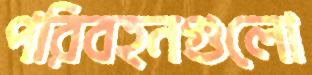
পরিবহনগুলো